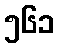
၅၆၁